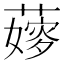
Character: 𦾘